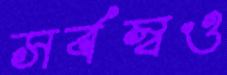
সর্বস্বও